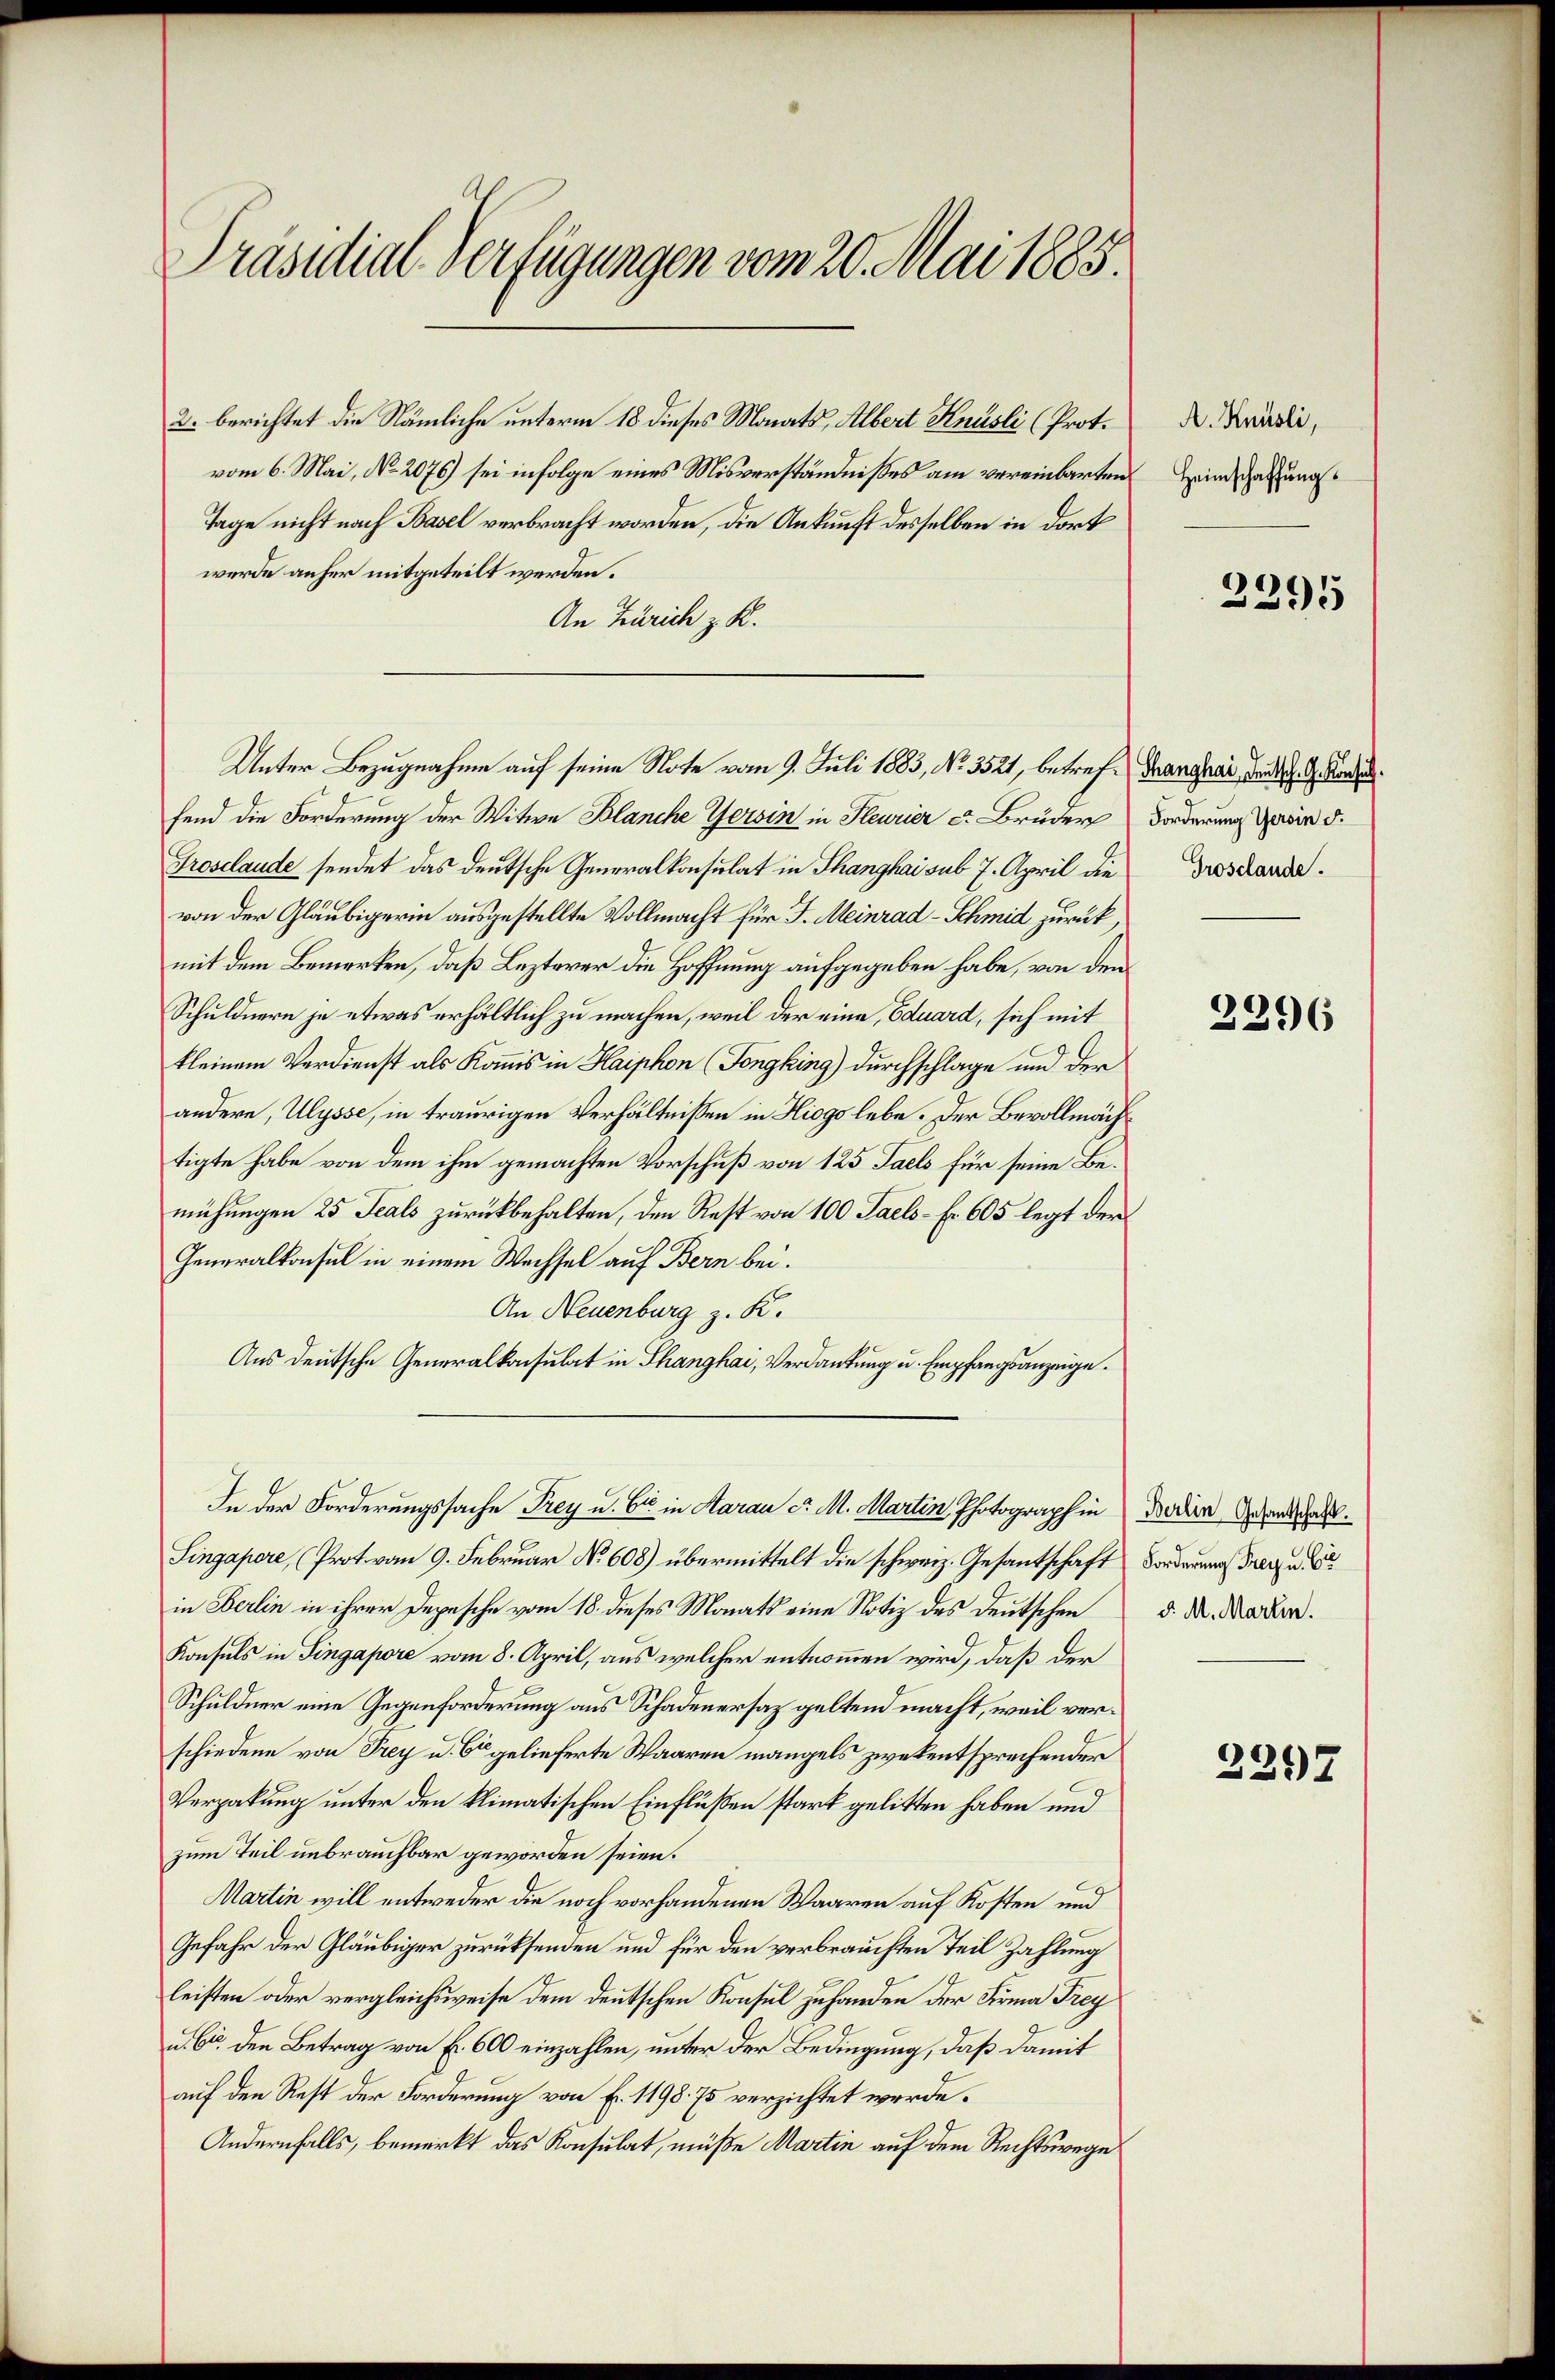
Präsidial-Verfügungen vom 20. Mai 1885.

2. berichtet die Nämliche unterm 18 dieses Monats, Albert Knüsli (Prot.
vom 6. Mai, No. 2076) sei infolge eines Misverständnisses am vereinbarten
Tage nicht nach Basel verbracht worden, die Ankunft desselben in dort
wurde anher mitgeteilt werden.
An Zürich z. K.
fend die Forderung der Witwe Blanche Gersin in Steurier er Brüder Forderung in d.
Troselande sendet das deutsche Generalkonsulat in Thanghai sub 7. April die Trostandevon der Gläubigerin ausgestellte Vollmacht für J. Meinrad Schmid zurück,
mit dem Bemerken, daß Lezterer die Hoffnung aufgegeben habe, von den
Schuldnern je etwas erhältlich zu machen, weil der eine, Eduard, sich mit
kleinem Verdienst als Kommis in Haiphon (Tongking) durchschlage und der
andere, Ulysse, in traurigen Verhältnissen in Hiegs lebe. Der Bevollmächtigte habe von dem ihm gemachten Vorschuß von 125 Taels für seine Bemühungen 25 Feals zurückbehalten, den Rest von 100 Taels- Fr. 605 legt der
Generalkonsul in einem Wechsel auf Bern bei.
An Neuenburg z. R.
Aus deutsche Generalkonsulat in Thanghai, Verdankung u. Empfangsanzeige.
In der Forderungssache Frey u. bis in Aarau d. M. Martin Photograph in der der Gesandschaft.
Singapere, (Prot. von 9. Februar No 608) übermittelt die schweiz. Gesantschaft Forderung Freude
in Berlin in ihrer Depesche vom 18. dieses Monats eine Notiz des Deutschen
Konsuls in Singapore vom 8. April, aus welcher entnommen wird, daß der
Schuldner eine Gegenforderung aus Schadenersaz geltend macht, weil verschiedene von Frey u. Er gelieferte Waaren mangels zwekentsprechender
Verpakung unter den klimatischen Einflüßen stark gelitten haben und
zum Teil unbrauchbar geworden seien.
Martin will entweder die noch vorhandenen Waaren auf Kosten und
Gefahr der Gläubiger zurücksenden und für den verbrauchten Teil Zahlung
leisten oder vergleichsweise dem deutschen Konsul zu handen der Firma Frey
u. 6. den Betrag von f. 600 einzahlen, unter der Bedingung, daß damit
auf den Rest der Forderung von Fr. 1198. 75 verzichtet werde.
Andernfalls, bemerkt das Konsulat, müße Martin auf dem Rechtswege

Unter Bezugnahme auf seine Note vom 9. Juli 1883, No 3521, betref- Fanghai, d. d. Kinde

A. Knüsli,
Heimschaffung.

2395

2296

d. M. Martin.

2297